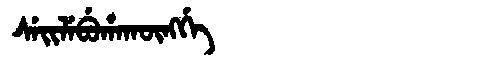
Manchu: ᠰᡝᡳᠯᡝᠪᡠᡥᠠᡴᡡᠩᡤᡝ
Romanization: SEILEBUHAKŪNGGE